Scottish Leaving Certificate Examination, 1954
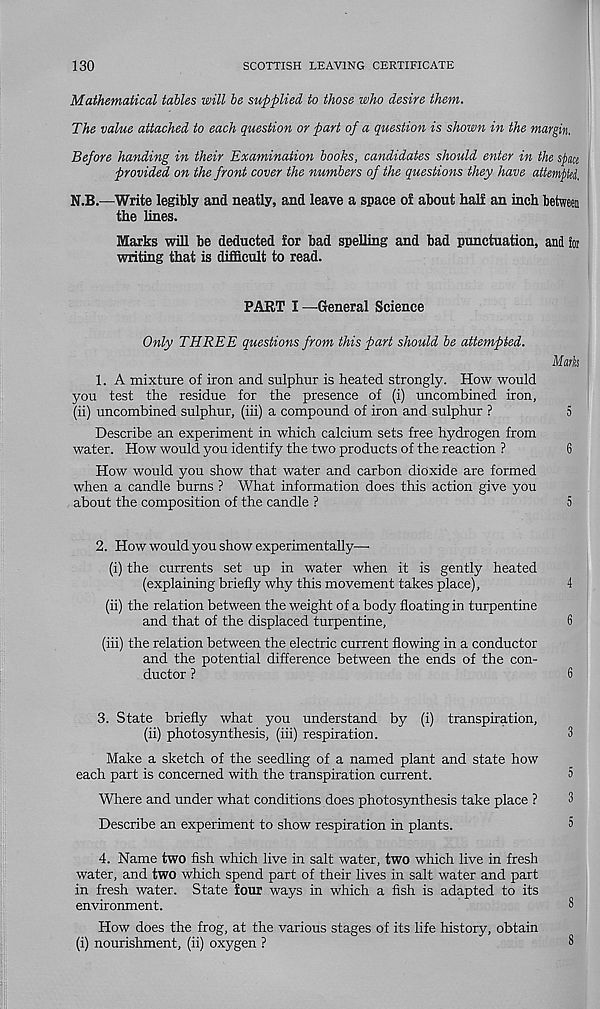
130
SCOTTISH LEAVING CERTIFICATE
Mathematical tables will be supplied to those who desire them.
The value attached to each question or part of a question is shown in the margin.
Before handing in their Examination books, candidates should enter in the space
provided on the front cover the numbers of the questions they have attemptei.
N.B.—Write legibly and neatly, and leave a space of about half an inch between
the lines.
Marks will be deducted for bad spelling and bad punctuation, and ior
writing that is difficult to read.
PART I —General Science
Only THREE questions from this part should be attempted.
Mark
1. A mixture of iron and sulphur is heated strongly. How would
you test the residue for the presence of (i) uncombined iron,
(ii) uncombined sulphur, (iii) a compound of iron and sulphur ?
5
Describe an experiment in which calcium sets free hydrogen from
water. How would you identify the two products of the reaction ?
6
How would you show that water and carbon dioxide are formed
when a candle burns ? What information does this action give you
about the composition of the candle ?
5
2. How would you show experimentally—•
(i) the currents set up in water when it is gently heated
(explaining briefly why this movement takes place),
4
(ii) the relation between the weight of a body floating in turpentine
and that of the displaced turpentine,
6
(iii) the relation between the electric current flowing in a conductor
and the potential difference between the ends of the con-
ductor ?
6
3. State briefly what you understand by (i) transpiration,
(ii) photosynthesis, (iii) respiration.
3
Make a sketch of the seedling of a named plant and state how
each part is concerned with the transpiration current.
5
Where and under what conditions does photosynthesis take place ?
3
Describe an experiment to show respiration in plants.
5
4. Name two fish which live in salt water, two which live in fresh
water, and two which spend part of their lives in salt water and part
in fresh water. State four ways in which a fish is adapted to its
environment.
3
How does the frog, at the various stages of its life history, obtain
(i) nourishment, (ii) oxygen ?
3